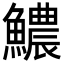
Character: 𩼅